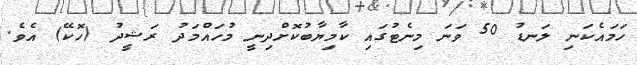
ހަމައެކަނި ލަނޑު 50 ވަނަ މިނެޓުގައި ކާމިޔާބުކޮށްދިނީ މުހައްމަދު ރަޝީދު (ހޮކޭ) އެވެ.